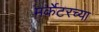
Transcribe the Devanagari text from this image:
मर्केटरच्या